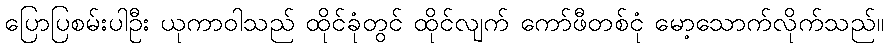
ပြောပြစမ်းပါဦး ယုကာဝါသည် ထိုင်ခုံတွင် ထိုင်လျက် ကော်ဖီတစ်ငုံ မော့သောက်လိုက်သည်။